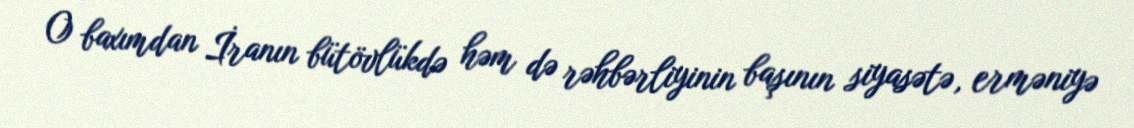
O baxımdan İranın bütövlükdə həm də rəhbərliyinin başının siyasətə, erməniyə